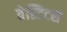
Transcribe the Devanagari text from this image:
वेस्टिटस